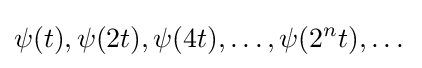
\psi (t),\psi (2t),\psi (4t),\dots ,\psi (2^{n}t),\dots